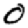
Digit: 0